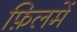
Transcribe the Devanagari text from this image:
फ़िलमें